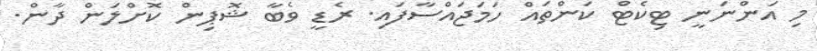
މި އަންނަނީ ޓިކެޓް ކަންތައް ހަމަޖައްސާފައި. ރެޑީ ވެބާ ޝޮޕިން ކޮށްލަން ދާން.